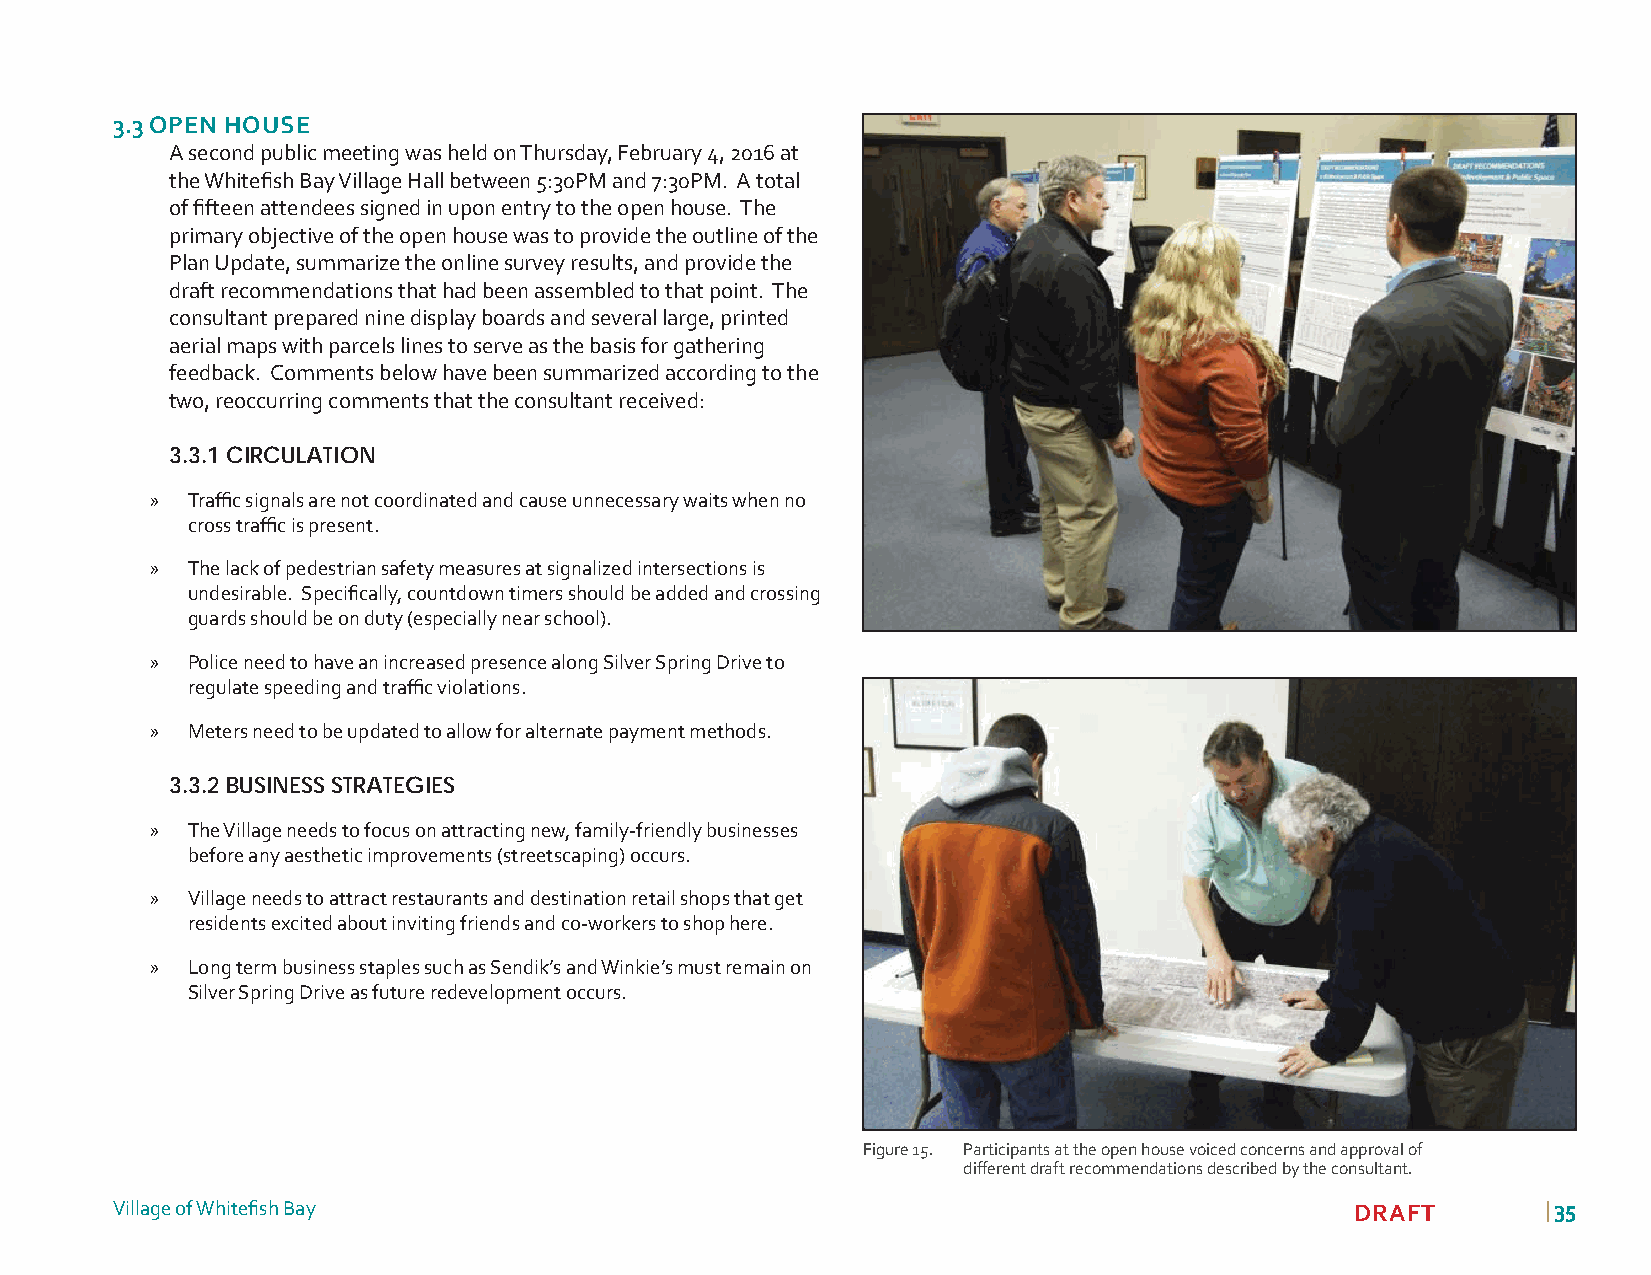
3.3 OPEN HOUSE
 A second public meeting was held on Thursday, February 4, 2016 at
 the Whitefi sh Bay Village Hall between 5:30PM and 7:30PM. A total
 of fi fteen attendees signed in upon entry to the open house. The
 primary objective of the open house was to provide the outline of the
 Plan Update, summarize the online survey results, and provide the
 draft recommendations that had been assembled to that point. The
 consultant prepared nine display boards and several large, printed
 aerial maps with parcels lines to serve as the basis for gathering
 feedback. Comments below have been summarized according to the
 two, reoccurring comments that the consultant received:
 3.3.1 CIRCULATION
 » Traffi c signals are not coordinated and cause unnecessary waits when no
 cross traffi c is present.
 » The lack of pedestrian safety measures at signalized intersections is
 undesirable. Specifi cally, countdown timers should be added and crossing
 guards should be on duty (especially near school).
 » Police need to have an increased presence along Silver Spring Drive to
 regulate speeding and traffi c violations.
 » Meters need to be updated to allow for alternate payment methods.
 3.3.2 BUSINESS STRATEGIES
 » The Village needs to focus on attracting new, family-friendly businesses
 before any aesthetic improvements (streetscaping) occurs.
 » Village needs to attract restaurants and destination retail shops that get
 residents excited about inviting friends and co-workers to shop here.
 » Long term business staples such as Sendik’s and Winkie’s must remain on
 Silver Spring Drive as future redevelopment occurs.
 Figure 15. Participants at the open house voiced concerns and approval of
 diff erent draft recommendations described by the consultant.
 Village of Whitefi sh Bay                                                          DRAFT       | 3355